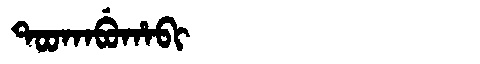
Manchu: ᡨᠣᠣᡴᠠᠪᡠᡥᠠᠪᡳ
Romanization: TOOKABUHABI